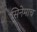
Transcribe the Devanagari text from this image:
सिनेमाच